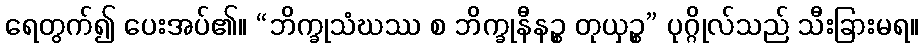
ရေတွက်၍ ပေးအပ်၏။ “ဘိက္ခုသံဃဿ စ ဘိက္ခုနီနဉ္စ တုယှဉ္စ” ပုဂ္ဂိုလ်သည် သီးခြားမရ။